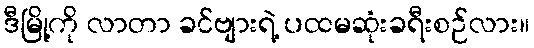
ဒီမြို့ကို လာတာ ခင်ဗျားရဲ့ ပထမဆုံးခရီးစဉ်လား။